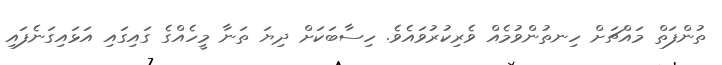
ތުންފަތް މައްޗަށް ހިނތުންވުމެއް ވެރިކުރުވައެވެ. ހިސާބަކަށް ދިޔަ ތަނާ މީހެއްގެ ގައިގައި އަޅައިގަނެފައި